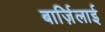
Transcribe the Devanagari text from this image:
बार्ज़िलाई